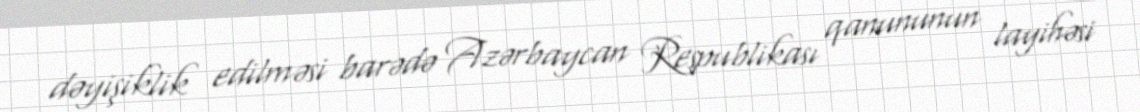
dəyişiklik edilməsi barədə Azərbaycan Respublikası qanununun layihəsi